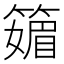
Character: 䉋